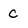
Character: c